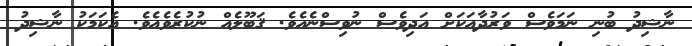
ނާޝިދު ބުނި ނަމަވެސް ވަރުދާއަކަށް އަދިވެސް ނުވިސްނެއެވެ. ޤަބޫލެއް ނުކުރެވެއެވެ. އެކަމަކު ނާޝިދު